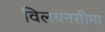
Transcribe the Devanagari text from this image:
विलयनसीमा